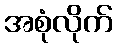
အစုံလိုက်